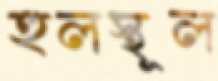
হুলস্থূল